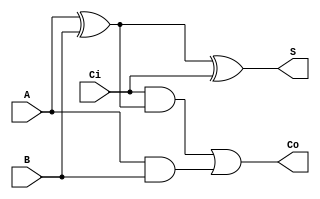
module S1L2(A, B, Ci, S, Co);
	input A, B, Ci;
	output S, Co;	
	wire t1, t2, t3;

assign t1	= 	A ^ B;
assign t2 	= 	Ci & t1;
assign t3	= 	A & B;
assign S 	= 	t1 ^ Ci;
assign Co 	= 	t2 | t3;
endmodule